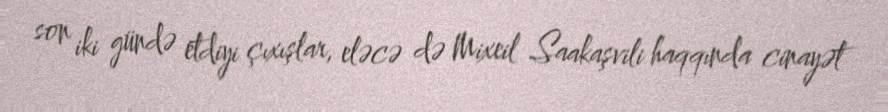
son iki gündə etdiyi çıxışlar, eləcə də Mixeil Saakaşvili haqqında cinayət